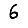
Digit: 6